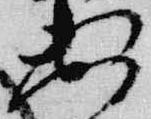
数